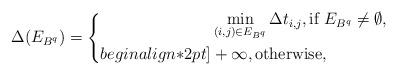
LaTeX: \begin{align*}\Delta (E_{B^{q}}) = \left\{ \begin{aligned}& \min_{(i,j)\in E_{B^{q}}} \Delta t_{i,j}, \mbox{if } E_{B^{q}}\neq \emptyset, \\begin{align*}2pt] & + \infty, \mbox{otherwise},\end{aligned}\right.\end{align*}